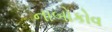
નાબોકોવ